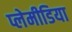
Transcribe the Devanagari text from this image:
प्लेमीडिया